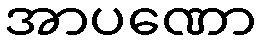
အာပဏော